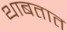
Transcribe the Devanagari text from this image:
थाबतात